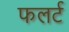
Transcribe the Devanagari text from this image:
फलर्ट